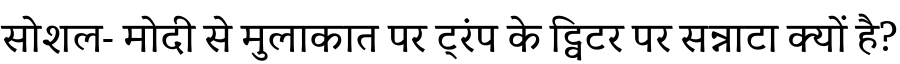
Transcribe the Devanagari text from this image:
सोशल- मोदी से मुलाकात पर ट्रंप के ट्विटर पर सन्नाटा क्यों है?